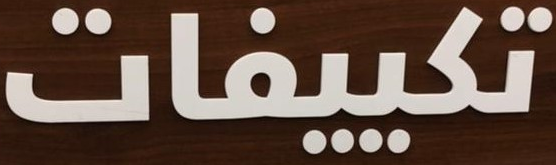
تكييفات